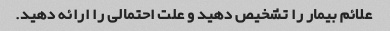
علائم بیمار را تشخیص دهید و علت احتمالی را ارائه دهید.